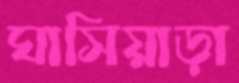
ঘাসিয়াড়া